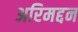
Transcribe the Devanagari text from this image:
अरिमद्दन